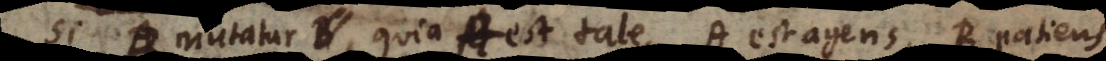
B B mutatur, quia A est tale, A est agens, B patiens